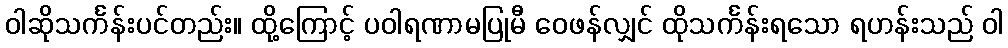
ဝါဆိုသင်္ကန်းပင်တည်း။ ထို့ကြောင့် ပဝါရဏာမပြုမီ ဝေဖန်လျှင် ထိုသင်္ကန်းရသော ရဟန်းသည် ဝါ